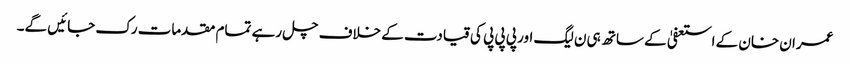
عمران خان کے استعفیٰ کے ساتھ ہی ن لیگ اور پی پی پی کی قیادت کے خلاف چل رہے تمام مقدمات رک جائیں گے۔